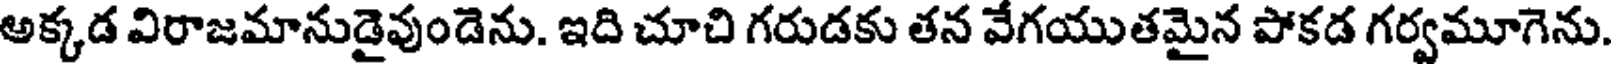
అక్కడ విరాజమానుడైవుండెను. ఇది చూచి గరుడకు తన వేగయుతమైన పోకడ గర్వమూగెను.